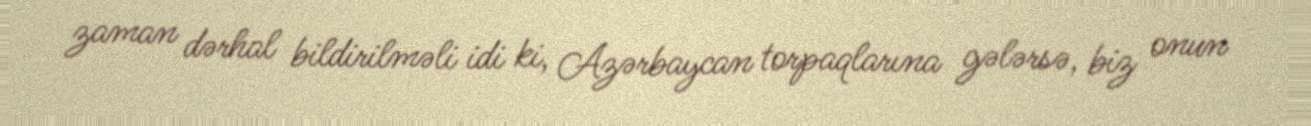
zaman dərhal bildirilməli idi ki, Azərbaycan torpaqlarına gələrsə, biz onun